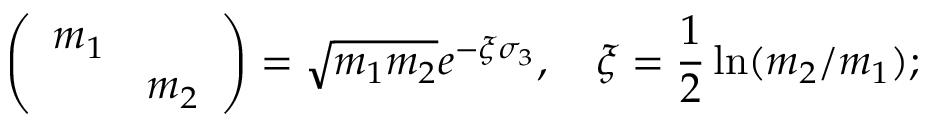
\left( \begin{array} { c c } { { m _ { 1 } } } & { { } } \\ { { } } & { { m _ { 2 } } } \end{array} \right) = \sqrt { m _ { 1 } m _ { 2 } } e ^ { - \xi \sigma _ { 3 } } , \mathrm { ~ } \, \, \, \, \xi = \frac { 1 } { 2 } \ln ( m _ { 2 } / m _ { 1 } ) ;